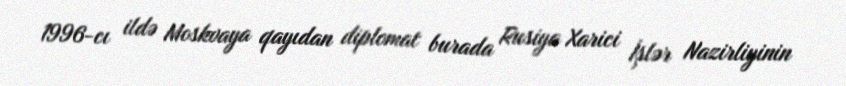
1996-cı ildə Moskvaya qayıdan diplomat burada Rusiya Xarici İşlər Nazirliyinin